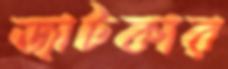
জাটকার